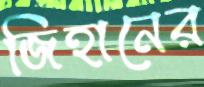
জিহানের